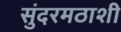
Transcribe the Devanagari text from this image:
सुंदरमठाशी